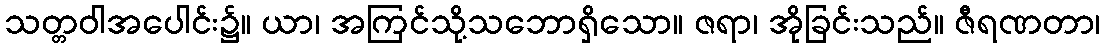
သတ္တဝါအပေါင်း၌။ ယာ၊ အကြင်သို့သဘောရှိသော။ ဇရာ၊ အိုခြင်းသည်။ ဇီရဏတာ၊